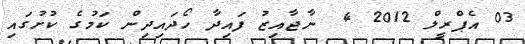
03 އެޕްރީލް 2012 4  ނާޖާއިޒު ފައިދާ ހޯދައިދިން ކަމުގެ ކުށުގައި